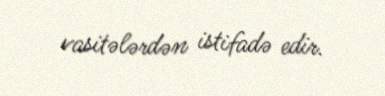
vasitələrdən istifadə edir.